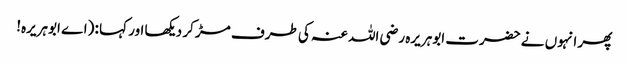
پھر انہوں نے حضرت ابوہریرہ رضی اللہ عنہ کی طرف مڑ کر دیکھا اور کہا : (اے ابوہریرہ!